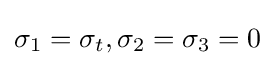
{\sigma _{1}}={\sigma _{t}},{\sigma _{2}}={\sigma _{3}}=0